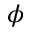
\phi